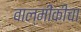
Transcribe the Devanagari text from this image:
वाल्मीकीचा